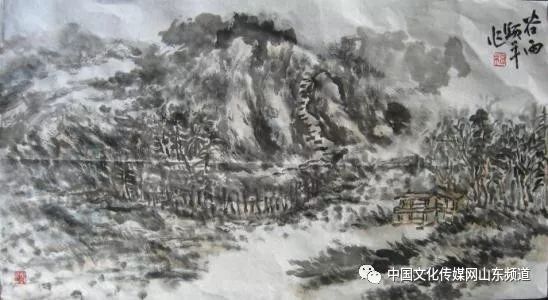
村北村南，谷雨才耕遍。秀麦连冈桑叶贱。